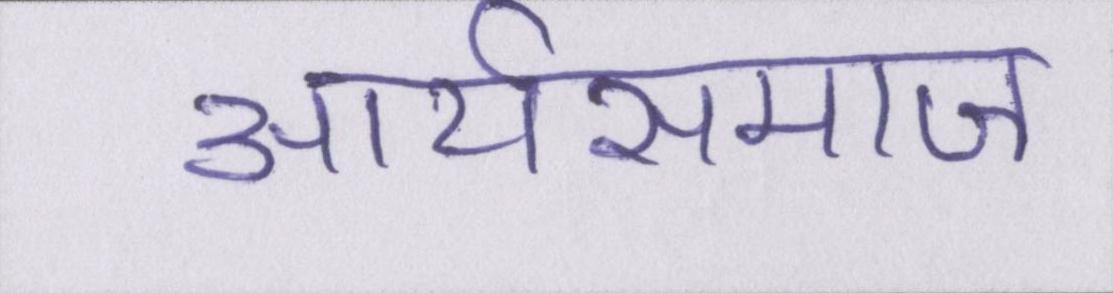
आर्यसमाज